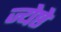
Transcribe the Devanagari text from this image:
ज्येष्ठे